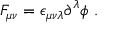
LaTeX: F _ { \mu \nu } = \epsilon _ { \mu \nu \lambda } \partial ^ { \lambda } \phi ~ .